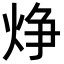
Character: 𪸾